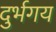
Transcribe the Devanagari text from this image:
दुर्भगय